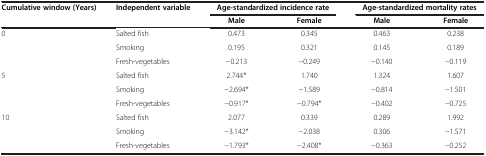
<table><thead><tr><td><b>Cumulative window (Years)</b></td><td><b>Independent variable</b></td><td colspan="2"><b>Age-standardized incidence rate</b></td><td colspan="2"><b>Age-standardized mortality rates</b></td></tr><tr><td><b> </b></td><td><b> </b></td><td><b>Male</b></td><td><b>Female</b></td><td><b>Male</b></td><td><b>Female</b></td></tr></thead><tbody><tr><td>0</td><td>Salted fish</td><td>0.473</td><td>0.345</td><td>0.463</td><td>0.238</td></tr><tr><td> </td><td>Smoking</td><td>0.195</td><td>0.321</td><td>0.145</td><td>0.189</td></tr><tr><td> </td><td>Fresh-vegetables</td><td>−0.213</td><td>−0.249</td><td>−0.140</td><td>−0.119</td></tr><tr><td>5</td><td>Salted fish</td><td>2.744*</td><td>1.740</td><td>1.324</td><td>1.607</td></tr><tr><td> </td><td>Smoking</td><td>−2.694*</td><td>−1.589</td><td>−0.814</td><td>−1.501</td></tr><tr><td> </td><td>Fresh-vegetables</td><td>−0.917*</td><td>−0.794*</td><td>−0.402</td><td>−0.725</td></tr><tr><td>10</td><td>Salted fish</td><td>2.077</td><td>0.339</td><td>0.289</td><td>1.992</td></tr><tr><td> </td><td>Smoking</td><td>−3.142*</td><td>−2.038</td><td>0.306</td><td>−1.571</td></tr><tr><td> </td><td>Fresh-vegetables</td><td>−1.793*</td><td>−2.408*</td><td>−0.363</td><td>−0.252</td></tr></tbody></table>